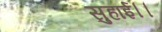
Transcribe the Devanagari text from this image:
सुहाई।।